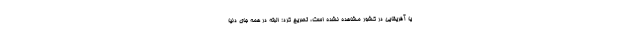
یا آفریقایی در کشور مشاهده نشده است، تصریح کرد: البته در همه جای دنیا